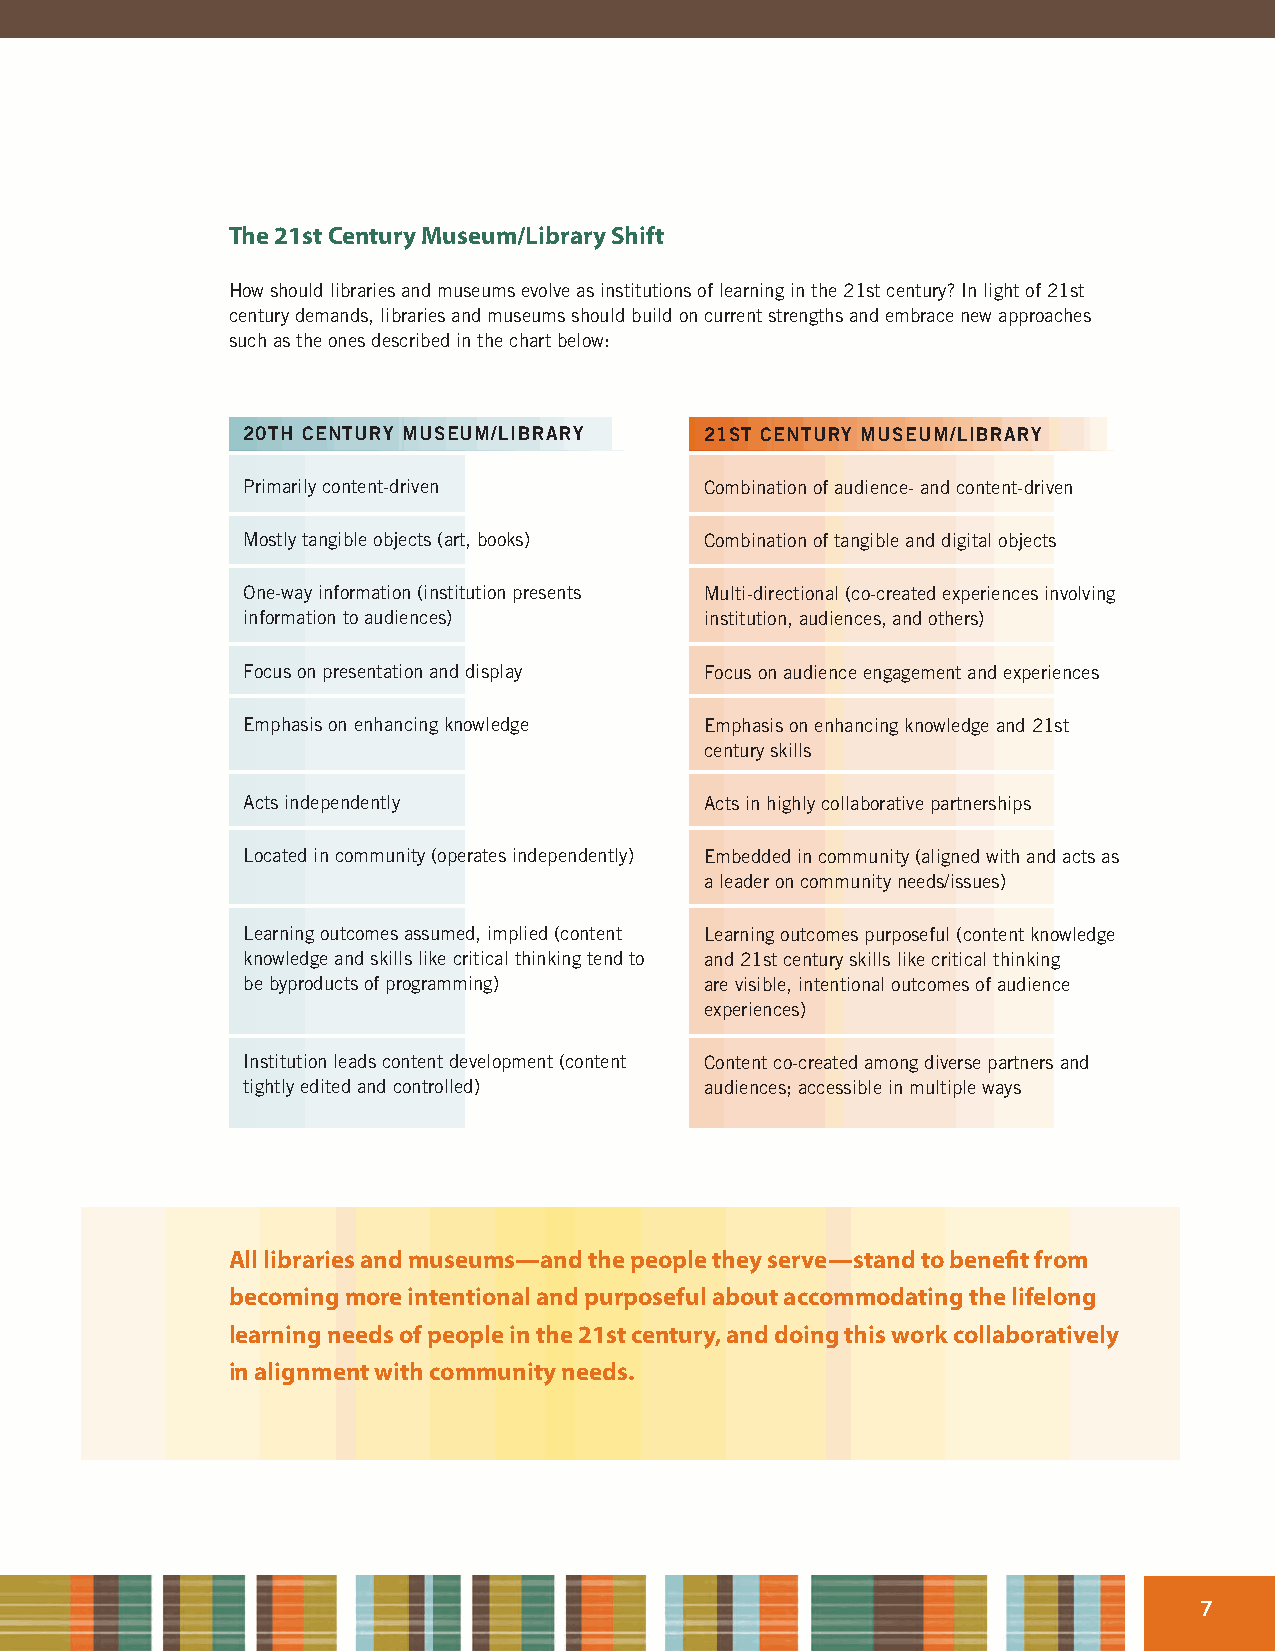
The 21st Century Museum/Library Shift
 How should libraries and museums evolve as institutions of learning in the 21st century? In light of 21st
 century demands, libraries and museums should build on current strengths and embrace new approaches
 such as the ones described in the chart below:
 20TH CENTURY MUSEUM/LIBRARY    21ST CENTURY MUSEUM/LIBRARY
 Primarily content-driven       Combination of audience- and content-driven
 Mostly tangible objects (art, books) Combination of tangible and digital objects
 One-way information (institution presents Multi-directional (co-created experiences involving
 information to audiences)      institution, audiences, and others)
 Focus on presentation and display Focus on audience engagement and experiences
 Emphasis on enhancing knowledge Emphasis on enhancing knowledge and 21st
 century skills
 Acts independently             Acts in highly collaborative partnerships
 Located in community (operates independently) Embedded in community (aligned with and acts as
 a leader on community needs/issues)
 Learning outcomes assumed, implied (content Learning outcomes purposeful (content knowledge
 knowledge and skills like critical thinking tend to and 21st century skills like critical thinking
 be byproducts of programming)  are visible, intentional outcomes of audience
 experiences)
 Institution leads content development (content Content co-created among diverse partners and
 tightly edited and controlled) audiences; accessible in multiple ways
 All libraries and museums—and the people they serve—stand to benefit from
 becoming more intentional and purposeful about accommodating the lifelong
 learning needs of people in the 21st century, and doing this work collaboratively
 in alignment with community needs.
 7